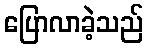
ပြောလာခဲ့သည်